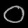
Digit: ၀